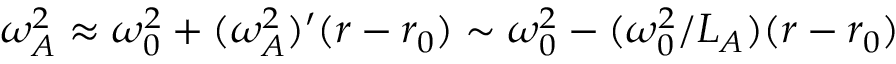
\omega _ { A } ^ { 2 } \approx \omega _ { 0 } ^ { 2 } + ( \omega _ { A } ^ { 2 } ) ^ { \prime } ( r - r _ { 0 } ) \sim \omega _ { 0 } ^ { 2 } - ( \omega _ { 0 } ^ { 2 } / L _ { A } ) ( r - r _ { 0 } )